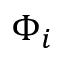
\Phi _ { i }